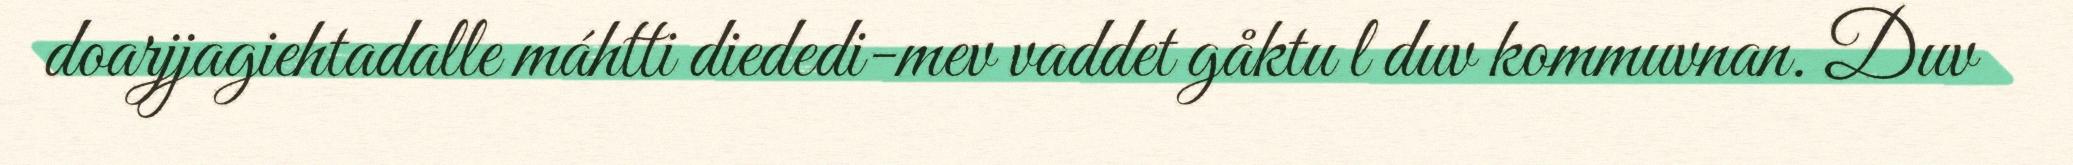
doarjjagiehtadalle máhtti diededi-mev vaddet gåktu l duv kommuvnan. Duv